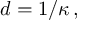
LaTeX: d = 1 / \kappa \, ,